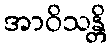
အာဝိသန္တိ